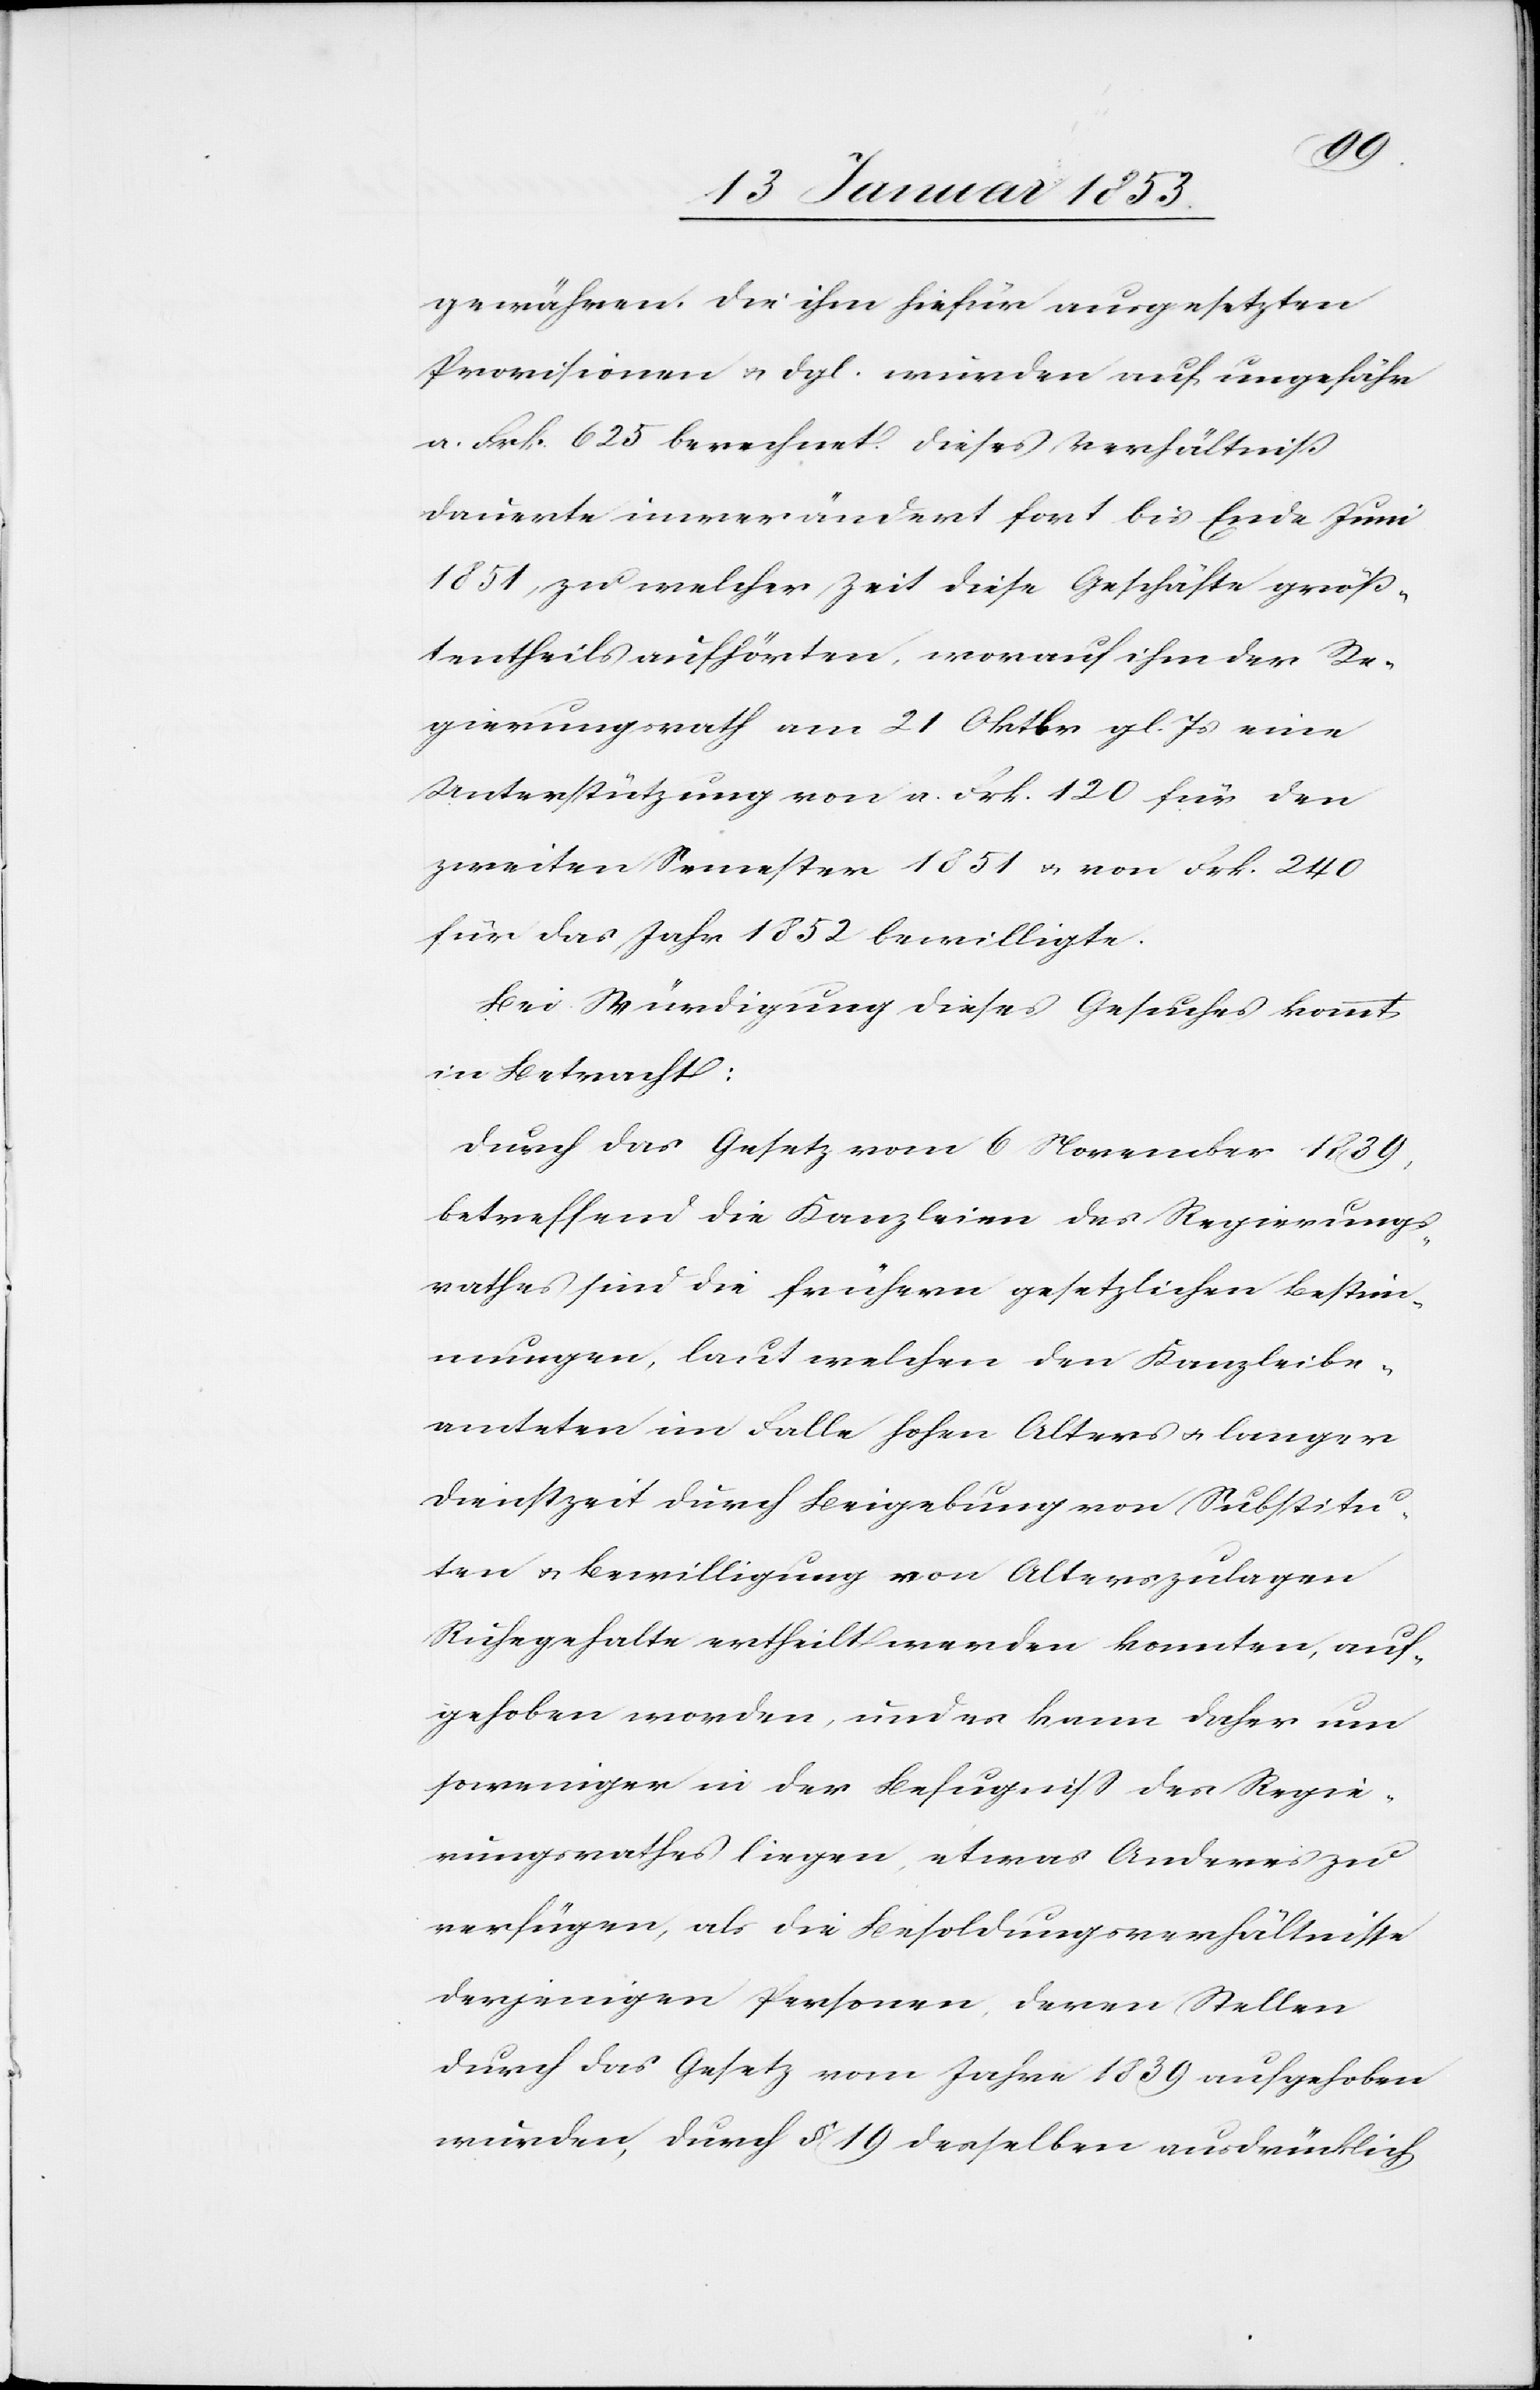
amteten
gewähren die ihm hiefür ausgesetzten
Provisionen u. dgl. wieder auf ungefähr
a. Frk. 625 berechnet. Dieses Verhältniß
dauerte immerwährend fort bis Ende Juni
1851 zu welcher Zeit diese Geschäfte größ¬
tentheils aufhörten, worauf ihm der Re¬
gierungsrath am 21 Oktbr. gl. Js. eine
Unterstützung von a. Frk. 120 für den
zweiten Semester 1851 u. von Frk. 240
für das Jahr 1852 bewilligte.
Die Kündigung dieses Gesuches kommt
in Betracht:
durch das Gesetz vom 6 November 1839.
betreffend die Kanzleien des Regierungs¬
rathes sind die frühern gesetzlichen Bestim¬
mungen, laut welchen den Kanzleibe¬
Ruhegehalte ertheilt werden konnten, auf¬
gehoben worden, und es kann daher um
soweniger in der Befugniß des Regie¬
rungsrathes liegen, etwas Anderes zu
verfügen, als die Besoldungsverhältniße
derjenigen Personen, deren Stellen
durch das Gesetz vom Jahre 1839 aufgehoben
wurden, durch § 19 desselben ausdrücklich